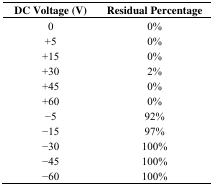
| DC Voltage (V) | Residual Percentage |
 | --- | --- |
 | 0 | 0% |
 | +5 | 0% |
 | +15 | 0% |
 | +30 | 2% |
 | +45 | 0% |
 | +60 | 0% |
 | −5 | 92% |
 | −15 | 97% |
 | −30 | 100% |
 | −45 | 100% |
 | −60 | 100% |